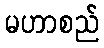
မဟာစည်